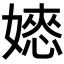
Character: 𡡌